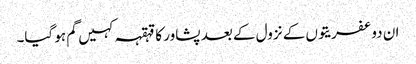
ان دو عفریتوں کے نزول کے بعد پشاور کا قہقہہ کہیں گم ہو گیا۔